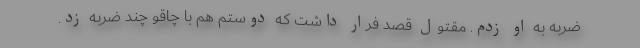
ضربه به او زدم. مقتول قصد فرار داشت که دوستم هم با چاقو چند ضربه زد.